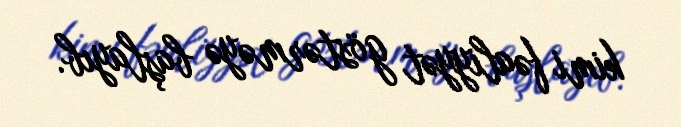
kimi fəaliyyət göstərməyə başlayıb.